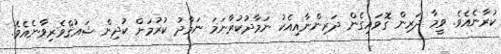
ކުރާނެއެވެ. ވީމާ ދަރިން ގޮވައިގެން ދަރިންނާއިއެކު ނަމާދުކުރާނަމަ ނަމާދު ކުރުމަށް ކުދިން ޝައުޤްވެރިވާނެއެވެ.